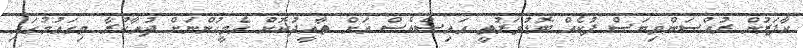
ކާފަރުން ރުއްސަންވިޔަސް ފުކެއް ބޮޑުވަރުތީ އައިސްއެސް އަށް ތާއީދުކޮށް އެމީހުންނަށް ދުއާކުރާ މިގައުމުގައި